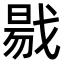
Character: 㦹